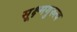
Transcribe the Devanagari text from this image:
सूक्ष्मगुरुत्व